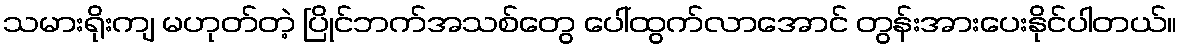
သမားရိုးကျ မဟုတ်တဲ့ ပြိုင်ဘက်အသစ်တွေ ပေါ်ထွက်လာအောင် တွန်းအားပေးနိုင်ပါတယ်။